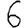
Digit: 6